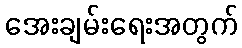
အေးချမ်းရေးအတွက်